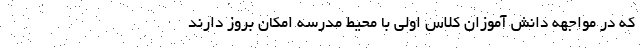
که در مواجهه دانش آموزان کلاس اولی با محیط مدرسه امکان بروز دارند